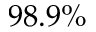
9 8 . 9 \%